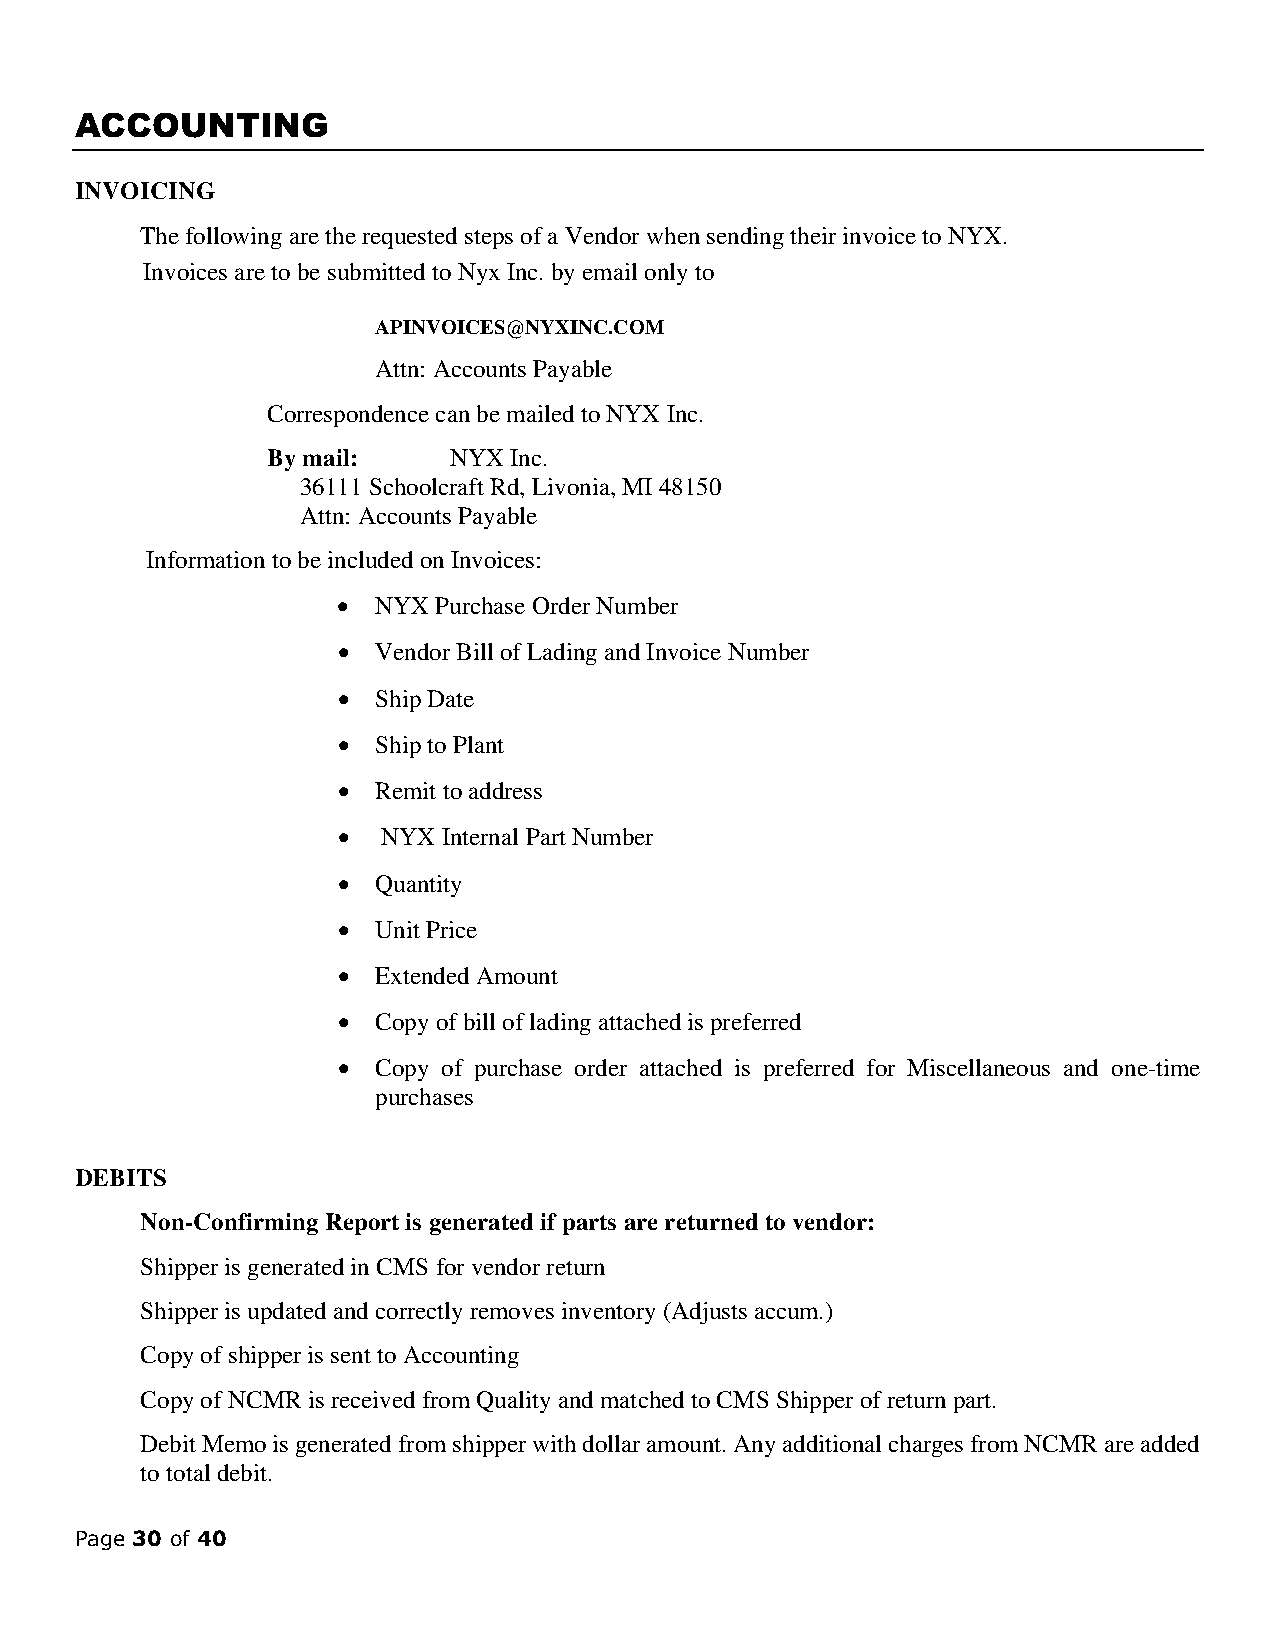
ACCOUNTING
 INVOICING
 The following are the requested steps of a Vendor when sending their invoice to NYX.
 Invoices are to be submitted to Nyx Inc. by email only to
 APINVOICES@NYXINC.COM
 Attn: Accounts Payable
 Correspondence can be mailed to NYX Inc.
 By mail:    NYX Inc.
 36111 Schoolcraft Rd, Livonia, MI 48150
 Attn: Accounts Payable
 Information to be included on Invoices:
 •  NYX Purchase Order Number
 •  Vendor Bill of Lading and Invoice Number
 •  Ship Date
 •  Ship to Plant
 •  Remit to address
 •  NYX Internal Part Number
 •  Quantity
 •  Unit Price
 •  Extended Amount
 •  Copy of bill of lading attached is preferred
 •  Copy of purchase order attached is preferred for Miscellaneous and one-time
 purchases
 DEBITS
 Non-Confirming Report is generated if parts are returned to vendor:
 Shipper is generated in CMS for vendor return
 Shipper is updated and correctly removes inventory (Adjusts accum.)
 Copy of shipper is sent to Accounting
 Copy of NCMR is received from Quality and matched to CMS Shipper of return part.
 Debit Memo is generated from shipper with dollar amount. Any additional charges from NCMR are added
 to total debit.
 Page 30 of 40